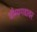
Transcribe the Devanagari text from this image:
धौम्यगडावर